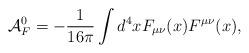
LaTeX: \begin{align*}{\cal A}^0_F = -\frac{1}{16 \pi} \int d^4x F_{\mu\nu}(x) F^{\mu\nu}(x),\end{align*}